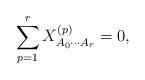
LaTeX: \begin{align*}\sum_{p=1}^{r}X_{A_{0}\cdots A_{r}}^{\left( p\right) }=0, \end{align*}